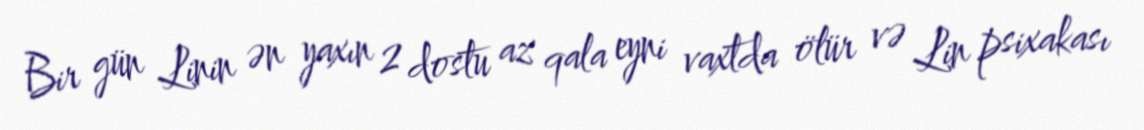
Bir gün Linin ən yaxın 2 dostu az qala eyni vaxtda ölür və Lin psixakası